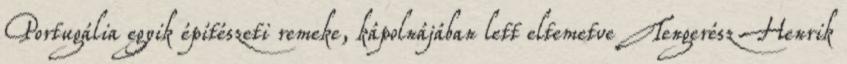
Portugália egyik építészeti remeke, kápolnájában lett eltemetve Tengerész Henrik